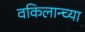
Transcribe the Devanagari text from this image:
वकिलान्च्या